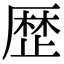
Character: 歴